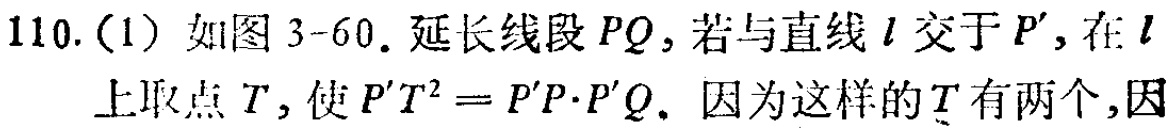
110.(1) 如图3-60. 延长线段$PQ$，若与直线$l$交于$P'$，在$l$上取点$T$，使$P'T^{2}=P'P\cdot P'Q$. 因为这样的$T$有两个,因